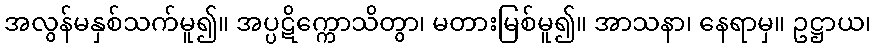
အလွန်မနှစ်သက်မူ၍။ အပ္ပဋိက္ကောသိတွာ၊ မတားမြစ်မူ၍။ အာသနာ၊ နေရာမှ။ ဥဋ္ဌာယ၊